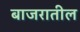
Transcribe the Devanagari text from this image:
बाजरातील